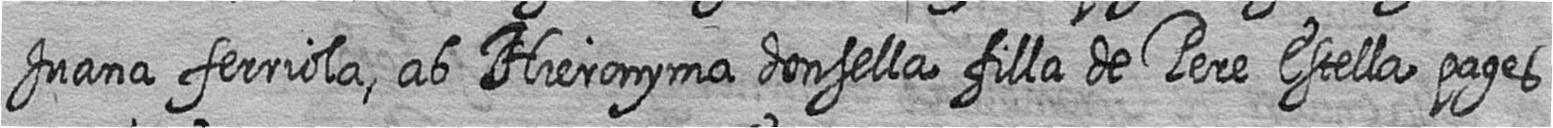
Juana ferriola ab Hieronyma donsella filla de Pere Estella pages